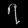
Digit: ၇